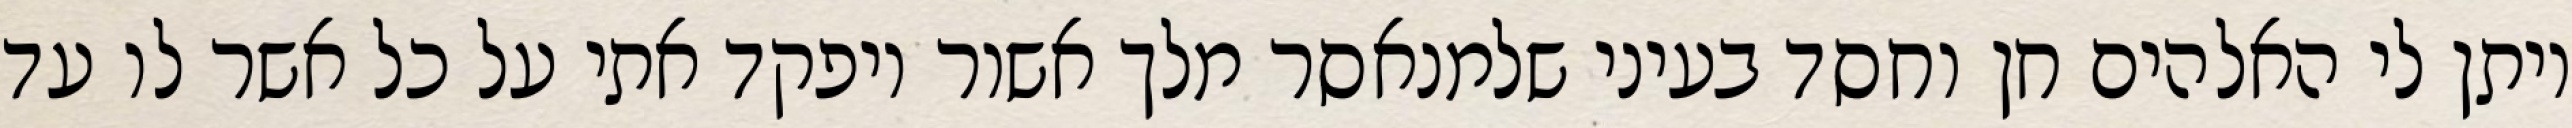
ויתן לי האלהים חן וחסד בעיני שלמנאסר מלך אשור ויפקד אתי על כל אשר לו עד